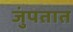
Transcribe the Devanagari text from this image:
जुंपतात